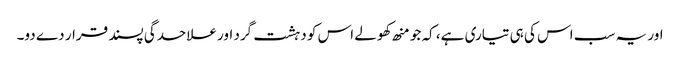
اور یہ سب اس کی ہی تیاری ہے، کہ جو منھ کھولے اس کو دہشت گرد اور علاحدگی پسند قرار دے دو۔